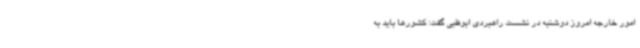
امور خارجه امروز دوشنبه در نشست راهبردی ابوظبی گفت: کشورها باید به